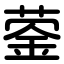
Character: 蓥